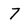
Character: 7